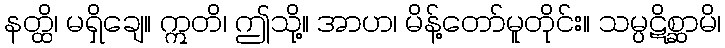
နတ္ထိ၊ မရှိချေ။ ဣတိ၊ ဤသို့။ အာဟ၊ မိန့်တော်မူတိုင်း။ သမ္ပဋိစ္ဆာမိ၊